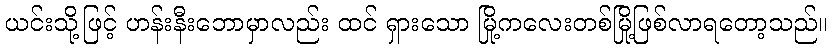
ယင်းသို့ဖြင့် ဟန်းနီးဘောမှာလည်း ထင် ရှားသော မြို့ကလေးတစ်မြို့ဖြစ်လာရတော့သည်။